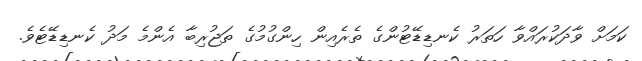
ކަމަށް ވާދަކުރައްވާ ހަތަރު ކެނޑިޑޭޓުންގެ ތެރެއިން ހިންގުމުގެ ތަޖުރިބާ އެންމެ މަދު ކެނޑިޑޭޓެވެ.